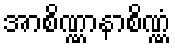
အာစိဏ္ဏာနာစိဏ္ဏံ